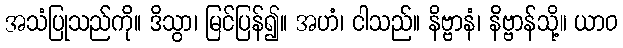
အသံပြုသည်ကို။ ဒိသွာ၊ မြင်ပြန်၍။ အဟံ၊ ငါသည်။ နိဗ္ဗာနံ၊ နိဗ္ဗာန်သို့။ ယာဝ